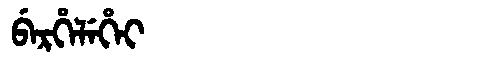
Manchu: ᠪᡝᡵᡥᡝᠯᡝᡥᡝᡳ
Romanization: BERHELEHEI